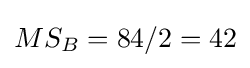
MS_{B}=84/2=42